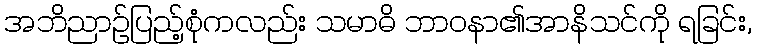
အဘိညာဉ်ပြည့်စုံကလည်း သမာဓိ ဘာဝနာ၏အာနိသင်ကို ရခြင်း,